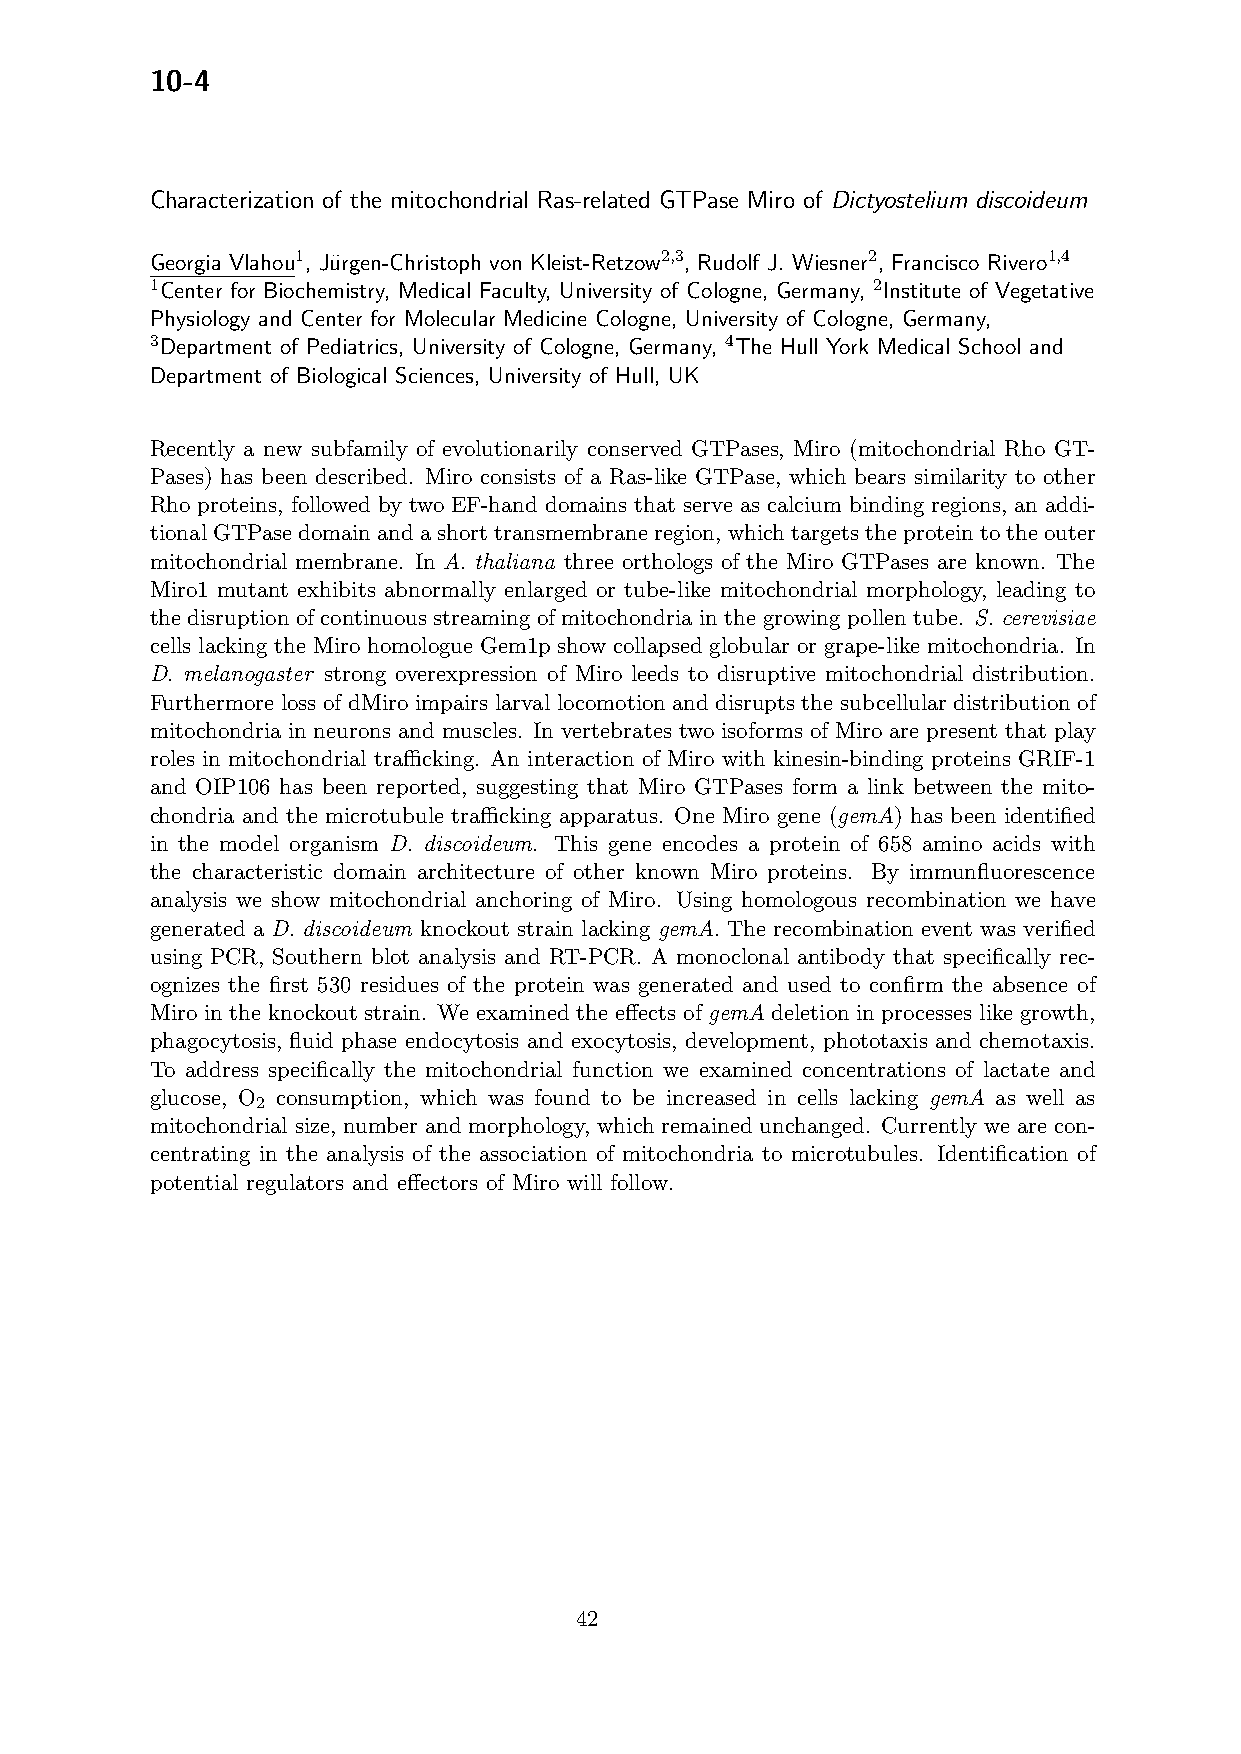
10-4
 Characterization of the mitochondrial Ras-related GTPase Miro of Dictyostelium discoideum
 Georgia Vlahou1, Ju¨rgen-Christoph von Kleist-Retzow2,3, Rudolf J. Wiesner2, Francisco Rivero1,4
 1Center for Biochemistry, Medical Faculty, University of Cologne, Germany, 2Institute of Vegetative
 Physiology and Center for Molecular Medicine Cologne, University of Cologne, Germany,
 3Department of Pediatrics, University of Cologne, Germany, 4The Hull York Medical School and
 Department of Biological Sciences, University of Hull, UK
 Recently a new subfamily of evolutionarily conserved GTPases, Miro (mitochondrial Rho GT-
 Pases) has been described. Miro consists of a Ras-like GTPase, which bears similarity to other
 Rho proteins, followed by two EF-hand domains that serve as calcium binding regions, an addi-
 tionalGTPasedomainandashorttransmembraneregion, whichtargetstheproteintotheouter
 mitochondrial membrane. In A. thaliana three orthologs of the Miro GTPases are known. The
 Miro1 mutant exhibits abnormally enlarged or tube-like mitochondrial morphology, leading to
 the disruption of continuous streaming of mitochondria in the growing pollen tube. S. cerevisiae
 cells lacking the Miro homologue Gem1p show collapsed globular or grape-like mitochondria. In
 D. melanogaster strong overexpression of Miro leeds to disruptive mitochondrial distribution.
 Furthermore loss of dMiro impairs larval locomotion and disrupts the subcellular distribution of
 mitochondria in neurons and muscles. In vertebrates two isoforms of Miro are present that play
 roles in mitochondrial trafficking. An interaction of Miro with kinesin-binding proteins GRIF-1
 and OIP106 has been reported, suggesting that Miro GTPases form a link between the mito-
 chondria and the microtubule trafficking apparatus. One Miro gene (gemA) has been identified
 in the model organism D. discoideum. This gene encodes a protein of 658 amino acids with
 the characteristic domain architecture of other known Miro proteins. By immunfluorescence
 analysis we show mitochondrial anchoring of Miro. Using homologous recombination we have
 generated a D. discoideum knockout strain lacking gemA. The recombination event was verified
 using PCR, Southern blot analysis and RT-PCR. A monoclonal antibody that specifically rec-
 ognizes the first 530 residues of the protein was generated and used to confirm the absence of
 Miro in the knockout strain. We examined the effects of gemA deletion in processes like growth,
 phagocytosis, fluid phase endocytosis and exocytosis, development, phototaxis and chemotaxis.
 To address specifically the mitochondrial function we examined concentrations of lactate and
 glucose, O consumption, which was found to be increased in cells lacking gemA as well as
 2
 mitochondrial size, number and morphology, which remained unchanged. Currently we are con-
 centrating in the analysis of the association of mitochondria to microtubules. Identification of
 potential regulators and effectors of Miro will follow.
 42